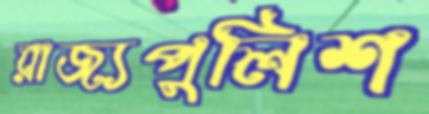
রাজ্যপুলিশ